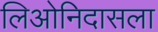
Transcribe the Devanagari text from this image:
लिओनिदासला